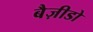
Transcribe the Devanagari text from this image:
बैज़ीडो